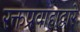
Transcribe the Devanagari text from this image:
रक्तप्रवाहाद्वारे